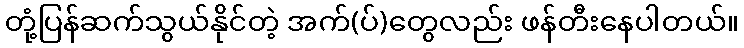
တုံ့ပြန်ဆက်သွယ်နိုင်တဲ့ အက်(ပ်)တွေလည်း ဖန်တီးနေပါတယ်။